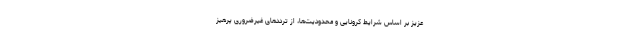
عزیز بر اساس شرایط کرونایی و محدودیت‌ها، از ترددهای غیرضروری پرهیز